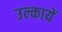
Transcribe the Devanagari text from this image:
उल्कायें